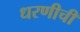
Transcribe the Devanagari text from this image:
धरणीची